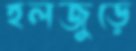
হলজুড়ে